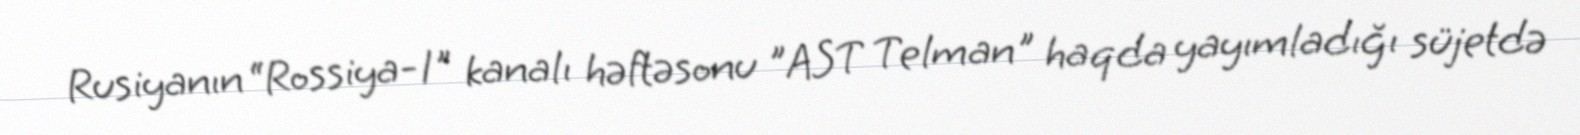
Rusiyanın “Rossiya-1" kanalı həftəsonu ”AST Telman" haqda yayımladığı süjetdə